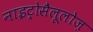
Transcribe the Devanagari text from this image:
नाइट्रोसैलूलोज़